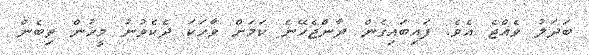
ބަދަލު ވެއްޖެ އެވެ. ފައިބައިގެން ދާންޖެހޭނެ ކަމަށް ވާހަކަ ދެކެވުނު މީހުން ތިބެން